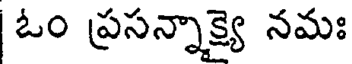
ఓం ప్రసన్నాక్ష్యై నమః